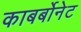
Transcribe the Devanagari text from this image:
काबर्बोनेट